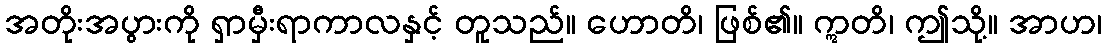
အတိုးအပွားကို ရှာမှီးရာကာလနှင့် တူသည်။ ဟောတိ၊ ဖြစ်၏။ ဣတိ၊ ဤသို့။ အာဟ၊